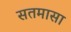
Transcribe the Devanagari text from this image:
सतमासा